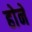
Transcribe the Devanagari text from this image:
हाेने